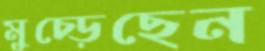
মুচ্‌ড়েছেন